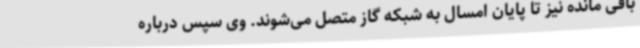
باقی مانده نیز تا پایان امسال به شبکه گاز متصل می‌شوند. وی سپس درباره